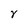
Character: v